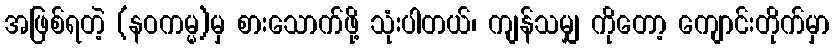
အဖြစ်ရတဲ့ (နဝကမ္မ)မှ စားသောက်ဖို့ သုံးပါတယ်၊ ကျန်သမျှ ကိုတော့ ကျောင်းတိုက်မှာ